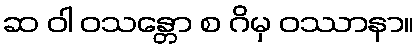
ဆ ဝါ ဝသန္တော စ ဂိမှ ဝဿာနာ။